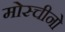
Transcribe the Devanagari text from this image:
मोस्चीनो